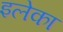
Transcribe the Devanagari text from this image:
इलेका